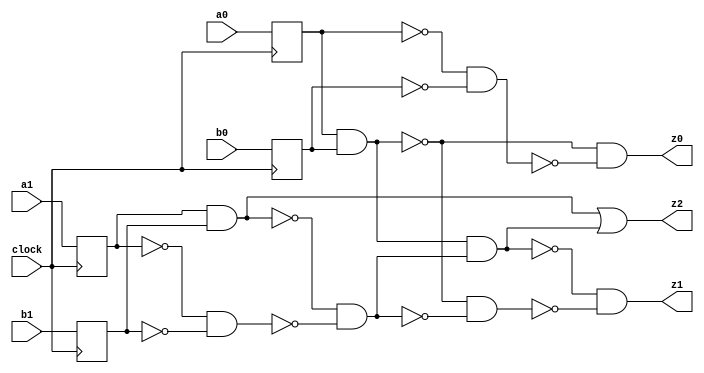
// Benchmark "ADD2" written by ABC on Tue Apr 13 09:46:54 2021

module ADD2 ( clock, 
    a0, a1, b0, b1,
    z0, z1, z2  );
  input  clock;
  input  a0, a1, b0, b1;
  output z0, z1, z2;
  reg \ADD2|s_a0 , \ADD2|s_a1 , \ADD2|s_b0 , \ADD2|s_b1 ;
  wire \new_ADD2|c_ , new_n34_, new_n36_, new_n38_, new_n40_, new_n42_,
    \new_ADD2|0_ , new_n46_, new_n48_, new_n50_, new_n52_, new_n54_, n21,
    n24, n27, n30;
  assign \new_ADD2|c_  = 1'b0;
  assign new_n34_ = \ADD2|s_a0  & \ADD2|s_b0 ;
  assign new_n36_ = ~\ADD2|s_a0  & ~\ADD2|s_b0 ;
  assign new_n38_ = ~new_n34_ & ~new_n36_;
  assign new_n40_ = \new_ADD2|c_  & new_n38_;
  assign new_n42_ = ~\new_ADD2|c_  & ~new_n38_;
  assign z0 = ~new_n40_ & ~new_n42_;
  assign \new_ADD2|0_  = new_n34_ | new_n40_;
  assign new_n46_ = \ADD2|s_a1  & \ADD2|s_b1 ;
  assign new_n48_ = ~\ADD2|s_a1  & ~\ADD2|s_b1 ;
  assign new_n50_ = ~new_n46_ & ~new_n48_;
  assign new_n52_ = \new_ADD2|0_  & new_n50_;
  assign new_n54_ = ~\new_ADD2|0_  & ~new_n50_;
  assign z1 = ~new_n52_ & ~new_n54_;
  assign z2 = new_n46_ | new_n52_;
  assign n21 = a0;
  assign n24 = a1;
  assign n27 = b0;
  assign n30 = b1;
  always @ (posedge clock) begin
    \ADD2|s_a0  <= n21;
    \ADD2|s_a1  <= n24;
    \ADD2|s_b0  <= n27;
    \ADD2|s_b1  <= n30;
  end
endmodule